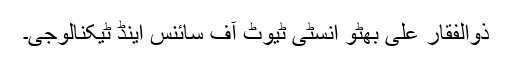
ذوالفقار علی بھٹو انسٹی ٹیوٹ آف سائنس اینڈ ٹیکنالوجی۔